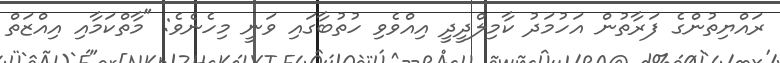
ރައްޔިތުންގެ ފަރާތުން އަހުމަދު ކާމިލްދީދީ އިއްވެވި ހުތުބާގައި ވަނީ މިހެނެވެ: "މާތްކަމާއި އިއްޒަތް